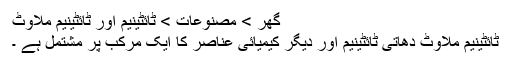
گھر > مصنوعات > ٹائٹینیم اور ٹائٹینیم ملاوٹ
ٹائٹینیم ملاوٹ دھاتی ٹائٹینیم اور دیگر کیمیائی عناصر کا ایک مرکب پر مشتمل ہے ۔